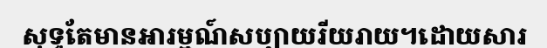
សុទ្ធតែមានអារម្មណ៍សប្បាយរីយរាយ។ដោយសារ